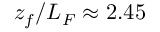
z _ { f } / L _ { F } \approx 2 . 4 5